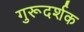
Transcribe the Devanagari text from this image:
गुरूदर्शक